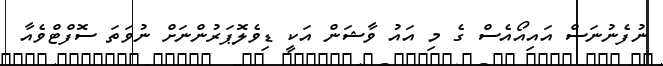
ނުފެނުނަސް އައިއޯއެސް ގެ މި އައު ވާޝަން އަކީ ޑިވެލޮޕަރުންނަށް ނުވަތަ ސޮފްޓްވެއާ